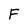
Character: F